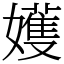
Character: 嬳